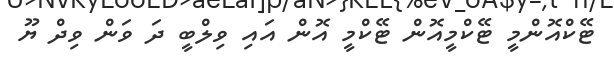
ޓޭކްއޮންމީ ޓޭކްމީއޮން ޓޭކްމީ އޮން އައި ވިލްބީ ދަ ވަން ވިދް ޔޫ